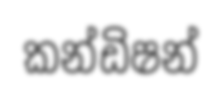
කන්ඩිෂන්